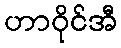
ဟာဝိုင်အီ